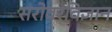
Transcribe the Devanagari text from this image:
सरोवरविज्ञान